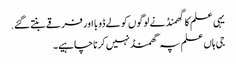
یہی علم کا گهمنڈ نے لوگوں کو لے ڈوبا اور فرقے بنتے گئے.
جی ہاں علم پہ گھمنڈ نہیں کرنا چاہیے۔